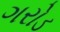
ગરોડ